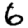
Digit: 6